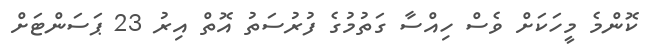
ކޮންމެ މީހަކަށް ވެސް ހިއްސާ ގަތުމުގެ ފުރުސަތު އޮތް އިރު 23 ޕަސަންޓަށް